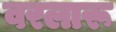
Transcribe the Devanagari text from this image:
वरलारू